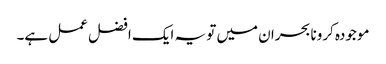
موجودہ کرونا بحران میں تو یہ ایک افضل عمل ہے۔